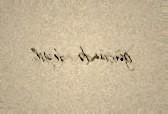
gücündə deyil.